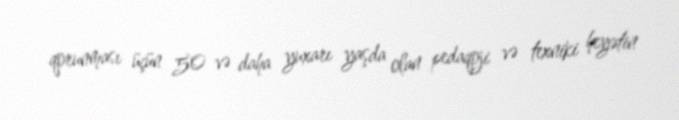
qorunması üçün 50 və daha yuxarı yaşda olan pedaqoji və texniki heyətin